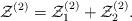
LaTeX: \begin{align*}{\cal Z}^{(2)} = {\cal Z}^{(2)}_1 + {\cal Z}^{(2)}_2.\end{align*}